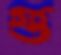
গু